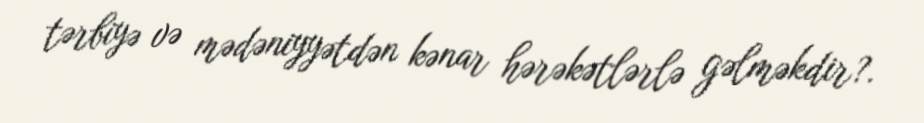
tərbiyə və mədəniyyətdən kənar hərəkətlərlə gəlməkdir?.